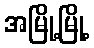
အမြို့မြို့